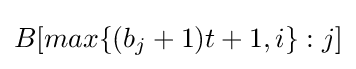
B[max\{(b_{j}+1)t+1,i\}:j]